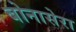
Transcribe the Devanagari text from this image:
बोनासेरा